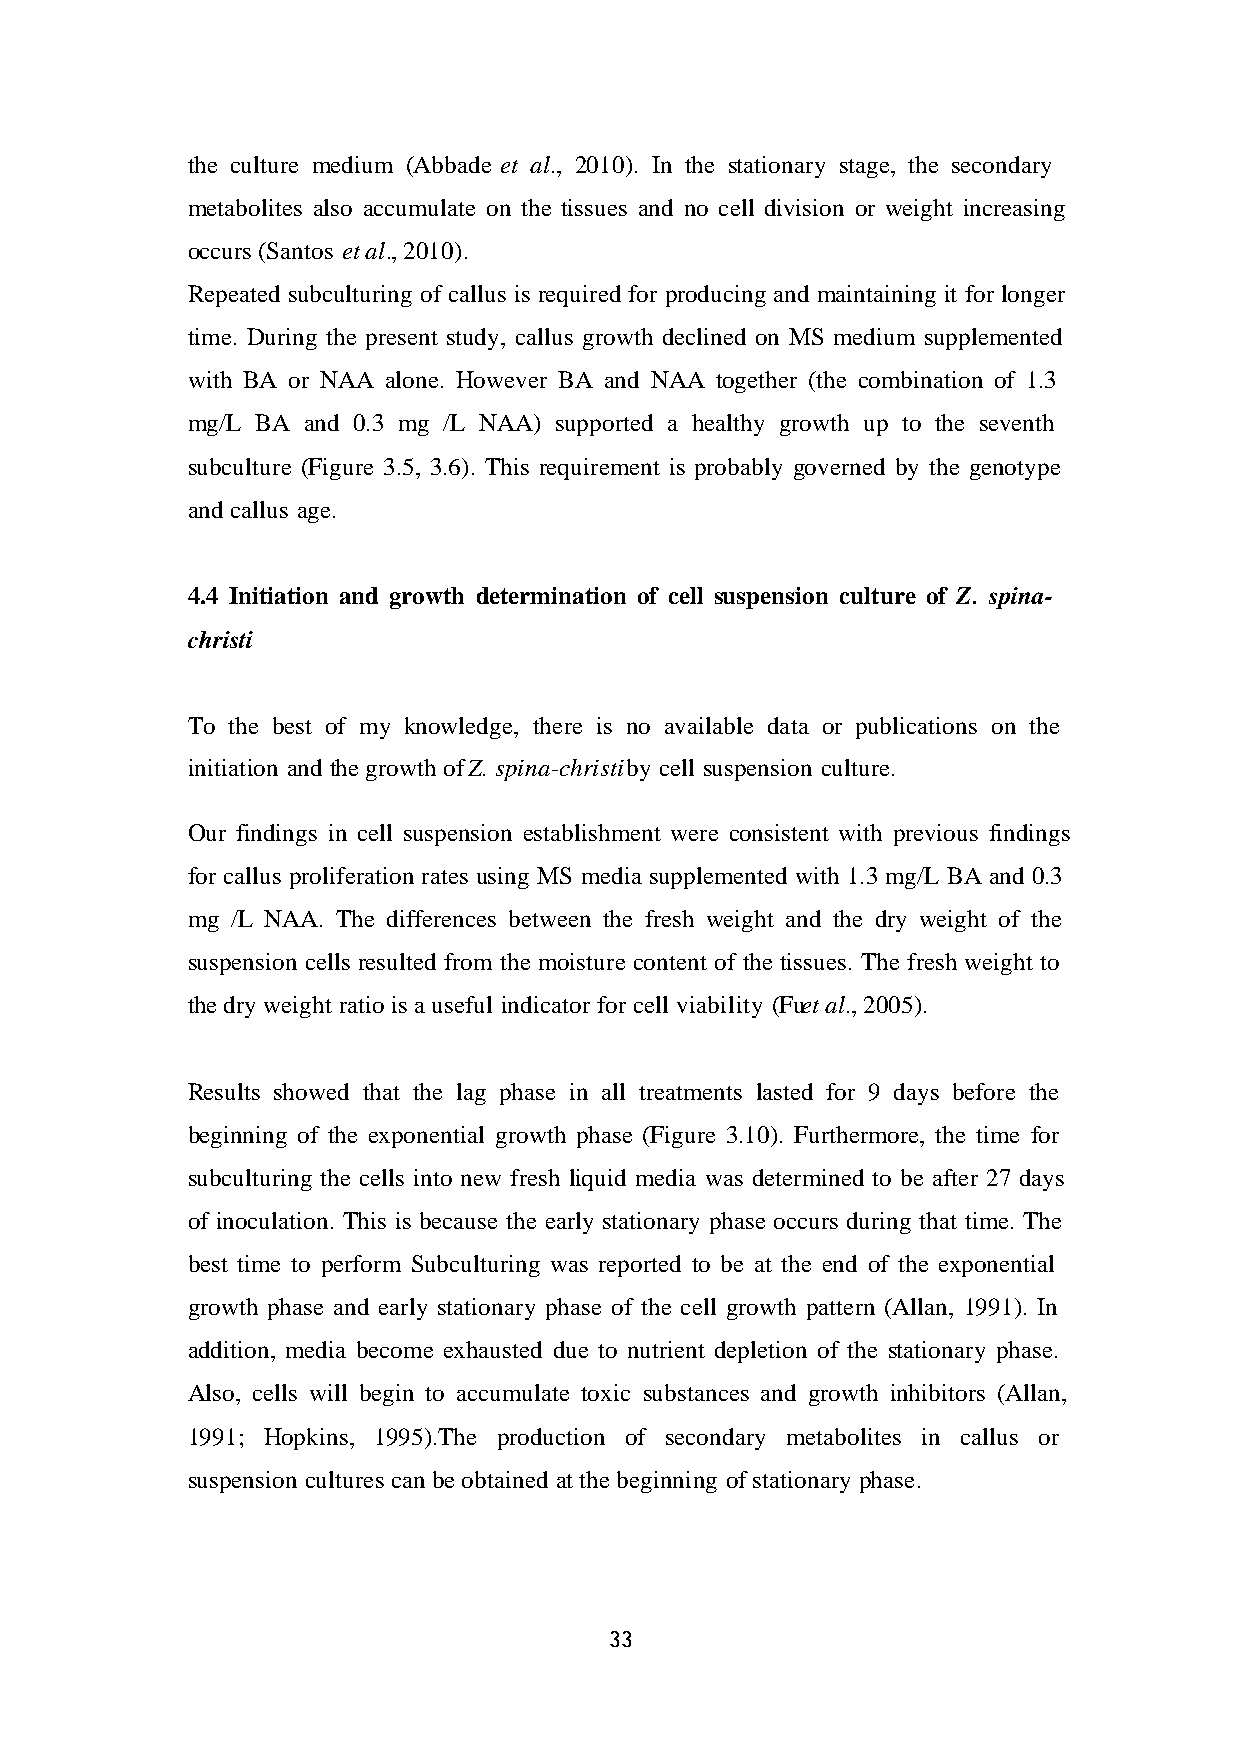
the culture medium (Abbade et al., 2010). In the stationary stage, the secondary
 metabolites also accumulate on the tissues and no cell division or weight increasing
 occurs (Santos et al., 2010).
 Repeated subculturing of callus is required for producing and maintaining it for longer
 time. During the present study, callus growth declined on MS medium supplemented
 with BA or NAA alone. However BA and NAA together (the combination of 1.3
 mg/L BA and 0.3 mg /L NAA) supported a healthy growth up to the seventh
 subculture (Figure 3.5, 3.6). This requirement is probably governed by the genotype
 and callus age.
 4.4 Initiation and growth determination of cell suspension culture of Z. spina-
 christi
 To the best of my knowledge, there is no available data or publications on the
 initiation and the growth of Z. spina-christi by cell suspension culture.
 Our findings in cell suspension establishment were consistent with previous findings
 for callus proliferation rates using MS media supplemented with 1.3 mg/L BA and 0.3
 mg /L NAA. The differences between the fresh weight and the dry weight of the
 suspension cells resulted from the moisture content of the tissues. The fresh weight to
 the dry weight ratio is a useful indicator for cell viability (Fu et al., 2005).
 Results showed that the lag phase in all treatments lasted for 9 days before the
 beginning of the exponential growth phase (Figure 3.10). Furthermore, the time for
 subculturing the cells into new fresh liquid media was determined to be after 27 days
 of inoculation. This is because the early stationary phase occurs during that time. The
 best time to perform Subculturing was reported to be at the end of the exponential
 growth phase and early stationary phase of the cell growth pattern (Allan, 1991). In
 addition, media become exhausted due to nutrient depletion of the stationary phase.
 Also, cells will begin to accumulate toxic substances and growth inhibitors (Allan,
 1991; Hopkins, 1995).The production of secondary metabolites in callus or
 suspension cultures can be obtained at the beginning of stationary phase.
 33